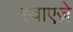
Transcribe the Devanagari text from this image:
स्वाएज़े